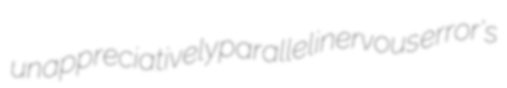
unappreciatively parallelinervous error's